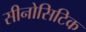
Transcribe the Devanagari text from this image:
सीनोसिटिक